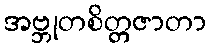
အဗ္ဘုတစိတ္တဇာတာ